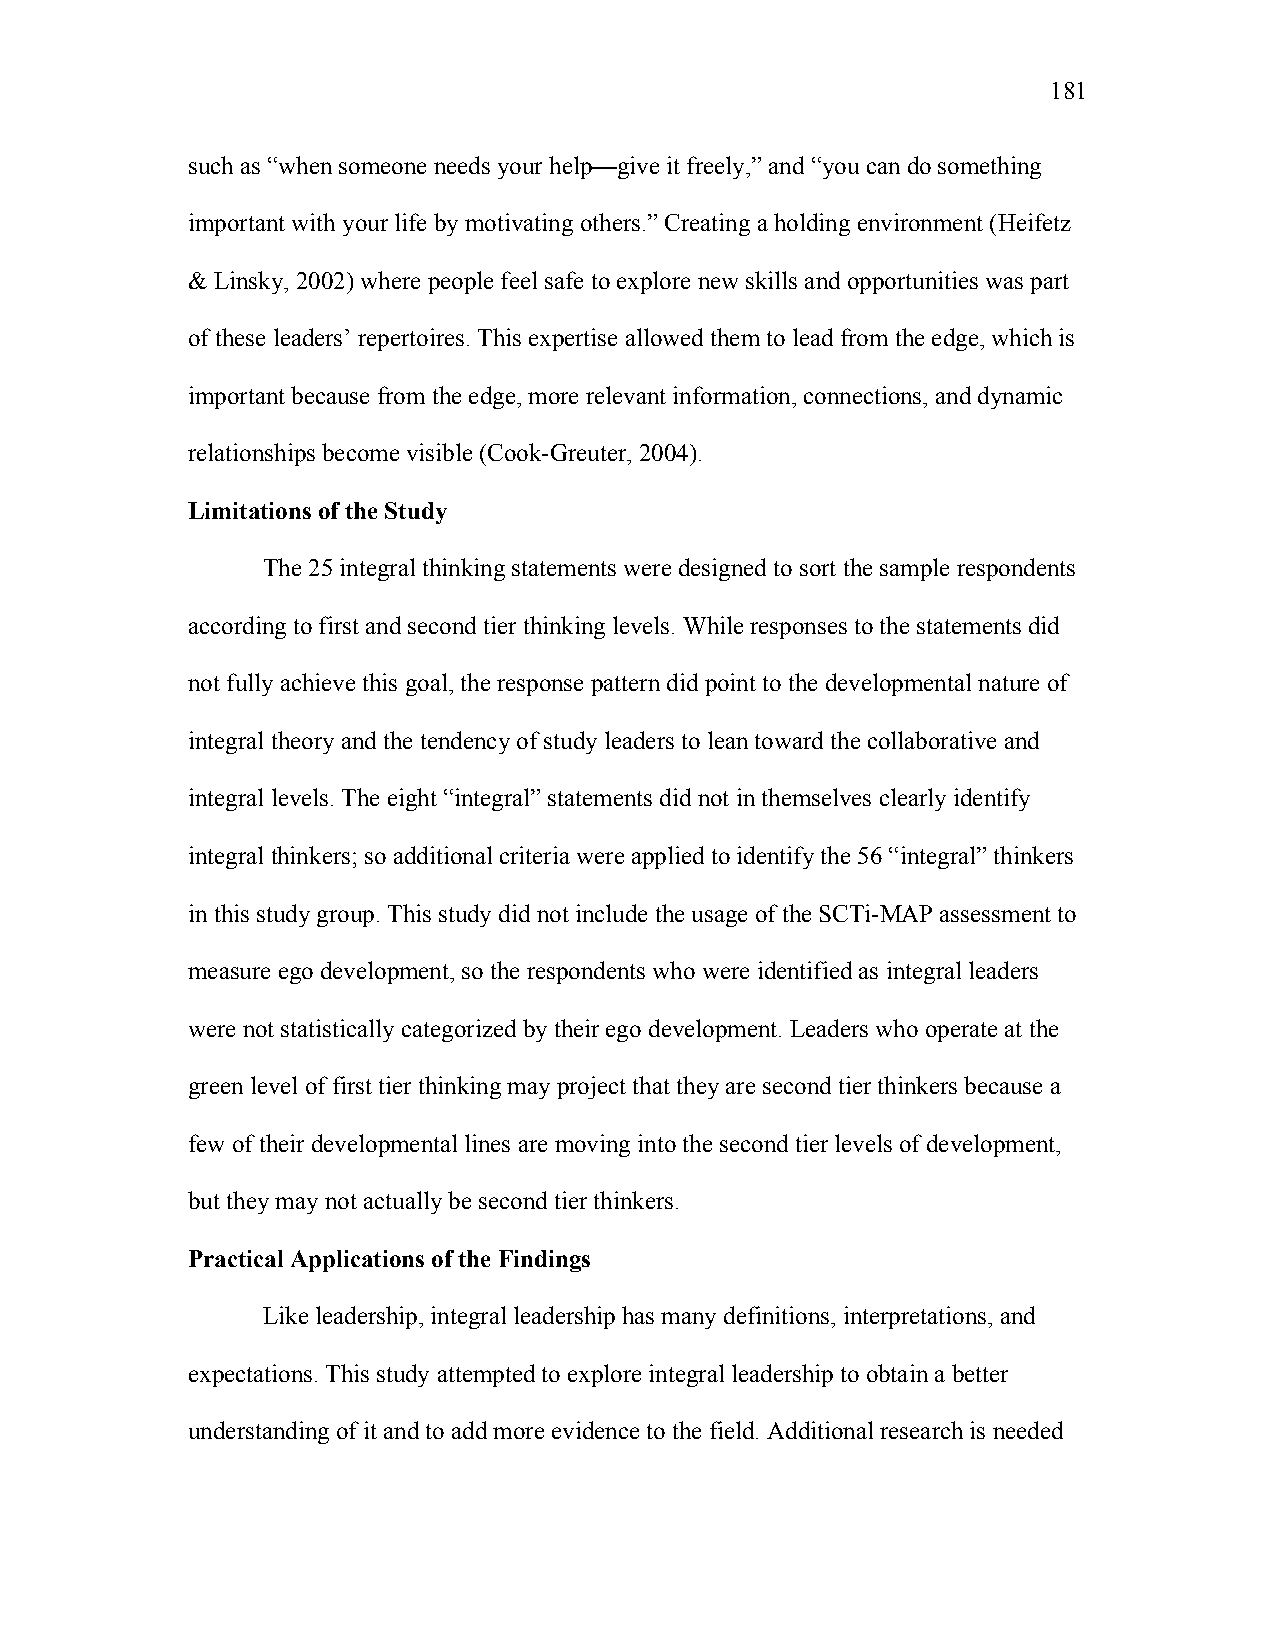
181
 such as “when someone needs your help—give it freely,” and “you can do something
 important with your life by motivating others.” Creating a holding environment (Heifetz
 & Linsky, 2002) where people feel safe to explore new skills and opportunities was part
 of these leaders’ repertoires. This expertise allowed them to lead from the edge, which is
 important because from the edge, more relevant information, connections, and dynamic
 relationships become visible (Cook-Greuter, 2004).
 Limitations of the Study
 The 25 integral thinking statements were designed to sort the sample respondents
 according to first and second tier thinking levels. While responses to the statements did
 not fully achieve this goal, the response pattern did point to the developmental nature of
 integral theory and the tendency of study leaders to lean toward the collaborative and
 integral levels. The eight “integral” statements did not in themselves clearly identify
 integral thinkers; so additional criteria were applied to identify the 56 “integral” thinkers
 in this study group. This study did not include the usage of the SCTi-MAP assessment to
 measure ego development, so the respondents who were identified as integral leaders
 were not statistically categorized by their ego development. Leaders who operate at the
 green level of first tier thinking may project that they are second tier thinkers because a
 few of their developmental lines are moving into the second tier levels of development,
 but they may not actually be second tier thinkers.
 Practical Applications of the Findings
 Like leadership, integral leadership has many definitions, interpretations, and
 expectations. This study attempted to explore integral leadership to obtain a better
 understanding of it and to add more evidence to the field. Additional research is needed